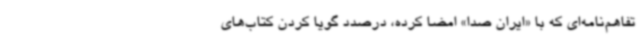
تفاهم‌نامه‌ای که با «ایران صدا» امضا کرده، درصدد گویا کردن کتاب‌های